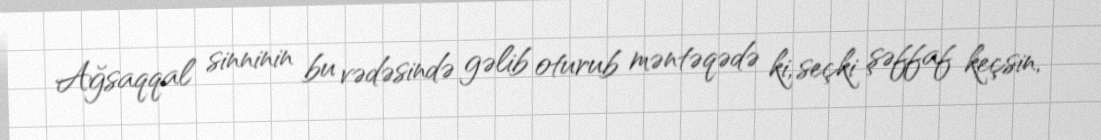
Ağsaqqal sinninin bu vədəsində gəlib oturub məntəqədə ki, seçki şəffaf keçsin,